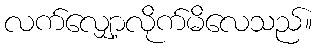
လက်လျှော့လိုက်မိလေသည်။